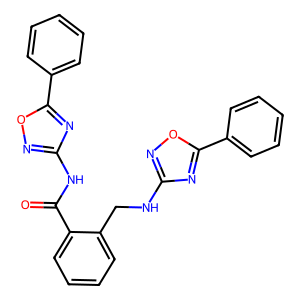
SMILES: O=C(Nc1noc(-c2ccccc2)n1)c1ccccc1CNc1noc(-c2ccccc2)n1
Inhibits HIV replication: No